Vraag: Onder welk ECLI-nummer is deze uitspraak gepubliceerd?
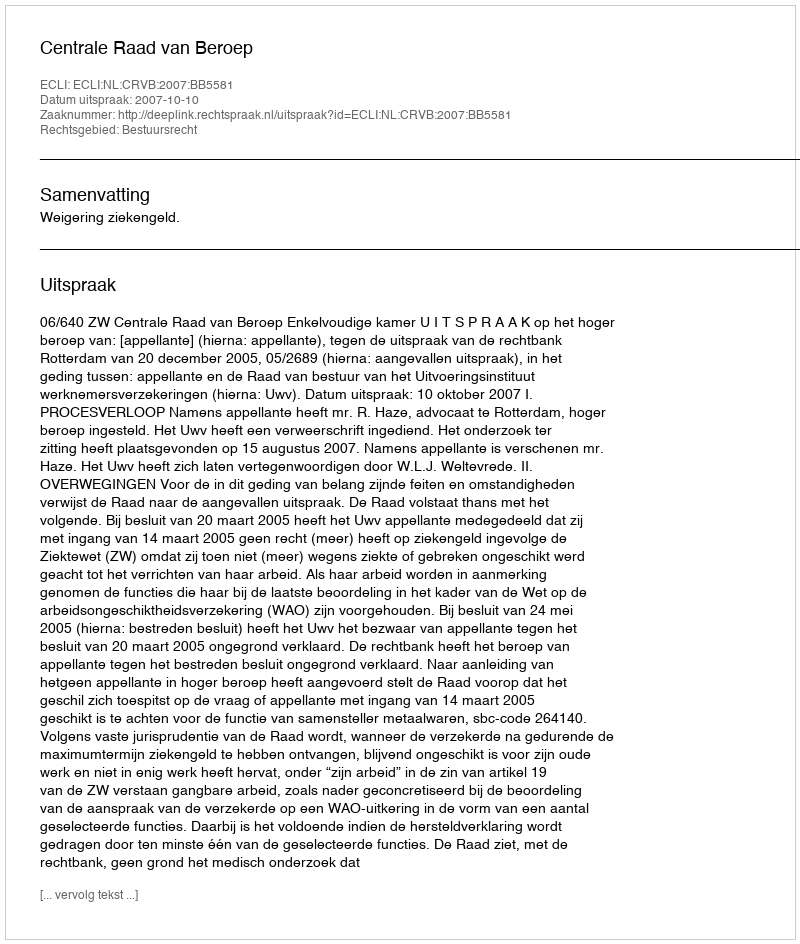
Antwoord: ECLI:NL:CRVB:2007:BB5581